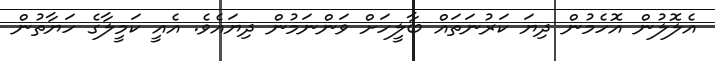
އެލޮލުން އޮހެމުން ދިޔަ ކަރުނަތައް ބާލީހަށް ވަންނަމުން ދިޔައެވެ. އެއީ ކަމީލާގެ ހަޔާތުން